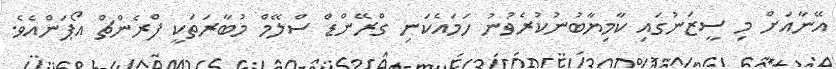
އޭނާއަށް މި ސީޒަނުގައި ކާމިޔާބުނުކުރެވުނު ހަމައެކަނި ގްރޭންޑް ސްލޭމް މުބާރަތަކީ ފްރެންޗް އޯޕަންއެވެ.